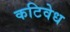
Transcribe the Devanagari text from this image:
कटिवेध